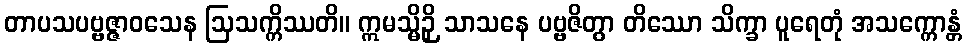
တာပသပဗ္ဗဇ္ဇာဝသေန ဩသက္ကိဿတိ။ ဣမသ္မိဉှိ သာသနေ ပဗ္ဗဇိတွာ တိဿော သိက္ခာ ပူရေတုံ အသက္ကောန္တံ